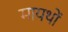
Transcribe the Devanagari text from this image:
मायथों